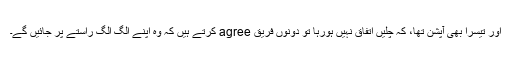
اور تیسرا بھی آپشن تھا، کہ چلیں اتفاق نہیں ہورہا تو دونوں فریق agree کرتے ہیں کہ وہ اپنے الگ الگ راستے پر جائیں گے۔